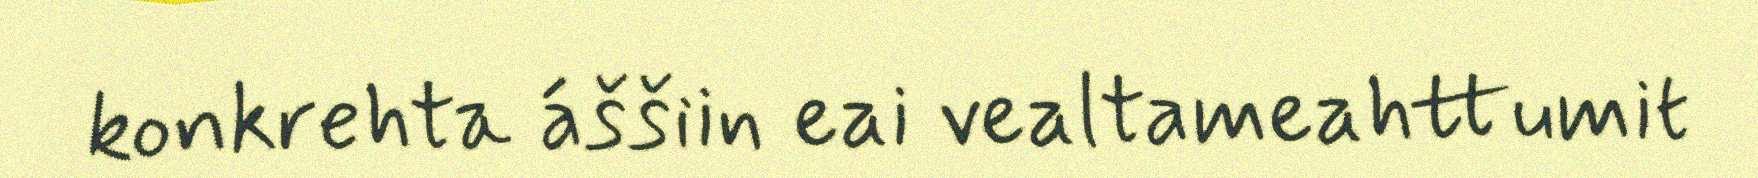
konkrehta áššiin eai vealtameahttumit